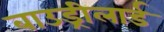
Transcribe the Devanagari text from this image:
बाउड्रीलार्ड